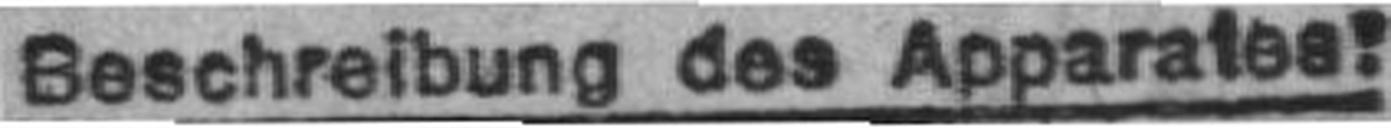
Beschreibung des Apparates!